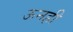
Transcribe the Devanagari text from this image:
ऊनही